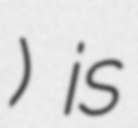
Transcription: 中地) is